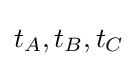
{\displaystyle t_{A},t_{B},t_{C}}